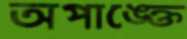
অপাঙ্ক্তে